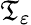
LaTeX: \mathfrak{T}_{\varepsilon}